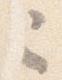
已